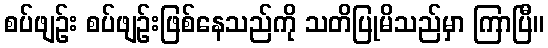
စပ်ဖျဉ်း စပ်ဖျဉ်းဖြစ်နေသည်ကို သတိပြုမိသည်မှာ ကြာပြီ။